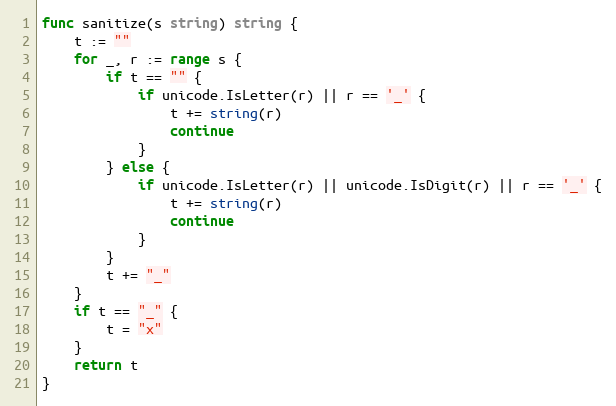
Language: Go
func sanitize(s string) string {
	t := ""
	for _, r := range s {
		if t == "" {
			if unicode.IsLetter(r) || r == '_' {
				t += string(r)
				continue
			}
		} else {
			if unicode.IsLetter(r) || unicode.IsDigit(r) || r == '_' {
				t += string(r)
				continue
			}
		}
		t += "_"
	}
	if t == "_" {
		t = "x"
	}
	return t
}